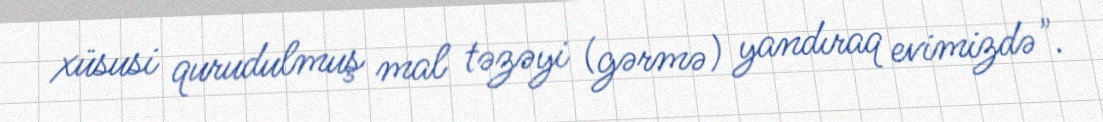
xüsusi qurudulmuş mal təzəyi (gərmə) yandıraq evimizdə".